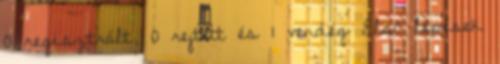
0 regisztrált, 0 rejtett és 1 vendég Első lépések